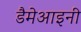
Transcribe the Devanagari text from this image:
डैमेआइनी